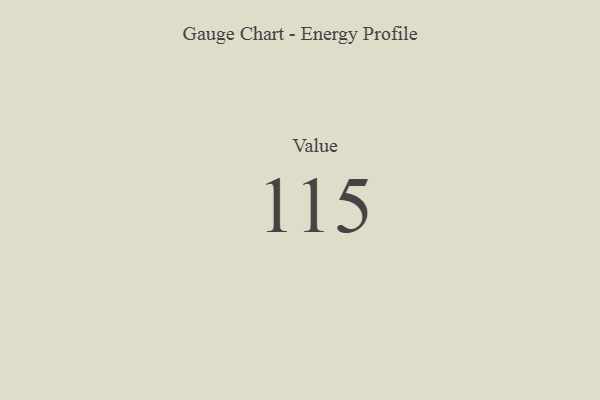
{"axis": {"x": "Metric", "y": "Value"}, "legend": [""], "data": [{"x": "Value", "y": 115, "type": ""}]}